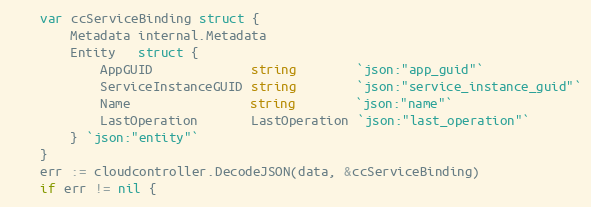
Language: Go
	var ccServiceBinding struct {
		Metadata internal.Metadata
		Entity   struct {
			AppGUID             string        `json:"app_guid"`
			ServiceInstanceGUID string        `json:"service_instance_guid"`
			Name                string        `json:"name"`
			LastOperation       LastOperation `json:"last_operation"`
		} `json:"entity"`
	}
	err := cloudcontroller.DecodeJSON(data, &ccServiceBinding)
	if err != nil {